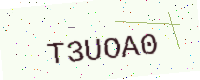
Text: T3UOA0